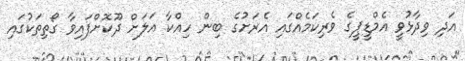
އަދި ވިދާޅުވީ އެމްޑީޕީގެ ވެރިކަމެއްގައި އެރަށުގެ ބިން ހިއްކާ އަލަށް ދޫކޮށްފައިވާ ގޯތިތަކުގައި